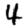
Digit: 4